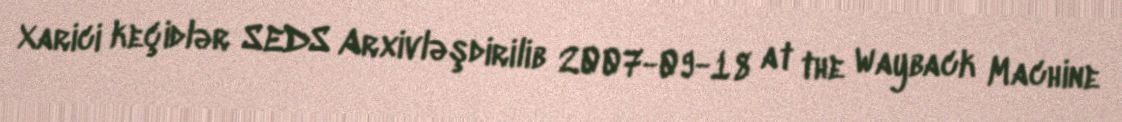
Xarici keçidlər SEDS Arxivləşdirilib 2007-09-18 at the Wayback Machine